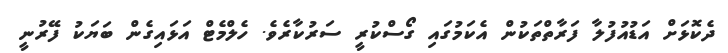
ދެކޮޅަށް އަޑުއުފުލާ ފަރާތްތަކުން އެކަމުގައި ގޯސްކުރީ ސަރުކާރެވެ. ހެލްމެޓް އަޅައިގެން ބަޔަކު ފޭރުނީ